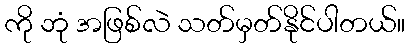
ကို ဘုံ အဖြစ်လဲ သတ်မှတ်နိုင်ပါတယ်။